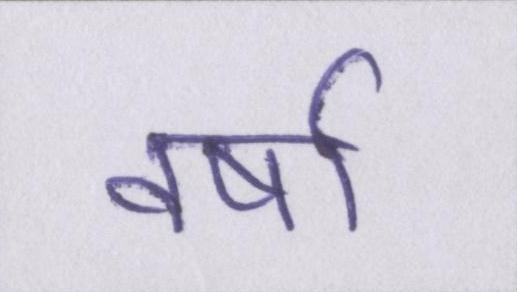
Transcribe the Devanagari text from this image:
वर्षा